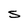
Character: S